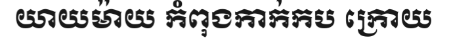
យាយម៉ាយ កំពុងកាក់កប ក្រោយ